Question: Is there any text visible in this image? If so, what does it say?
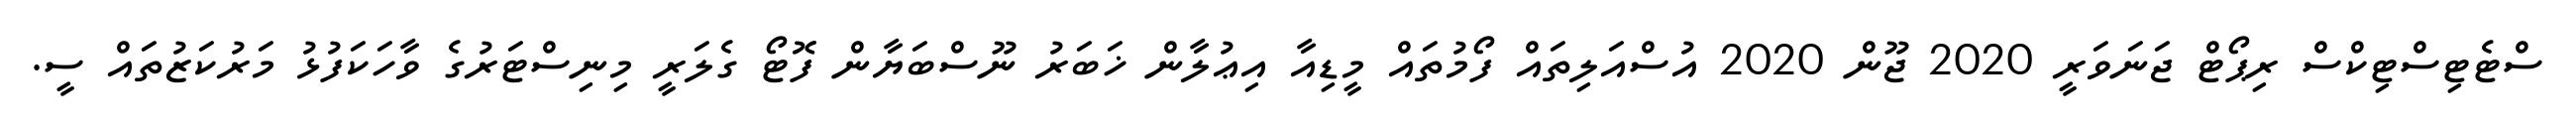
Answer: ސްޓެޓިސްޓިކްސް ރިޕޯޓް ޖަނަވަރީ 2020 ޖޫން 2020 އުސްއަލިތައް ފޯމުތައް މީޑިއާ އިޢުލާން ޚަބަރު ނޫސްބަޔާން ފޮޓޯ ގެލަރީ މިނިސްޓަރުގެ ވާހަކަފުޅު މަރުކަޒުތައް ސީ.